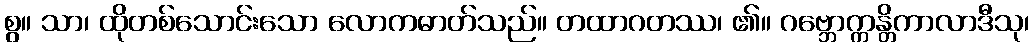
စွ။ သာ၊ ထိုတစ်သောင်းသော လောကဓာတ်သည်။ တထာဂတဿ၊ ၏။ ဂဗ္ဘောက္ကန္တိကာလာဒီသု၊